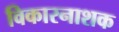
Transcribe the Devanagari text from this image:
विकारनाशक